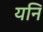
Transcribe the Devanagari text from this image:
यनि